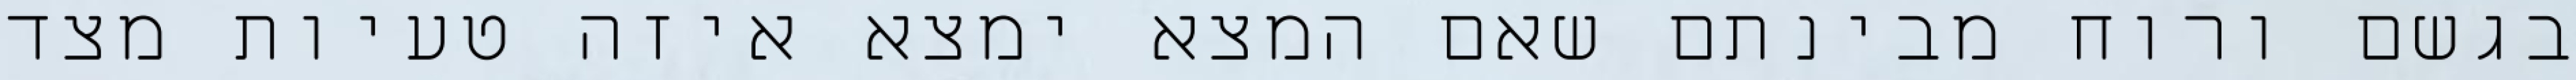
בגשם ורוח מבינתם שאם המצא ימצא איזה טעיות מצד